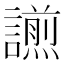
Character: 𧬫